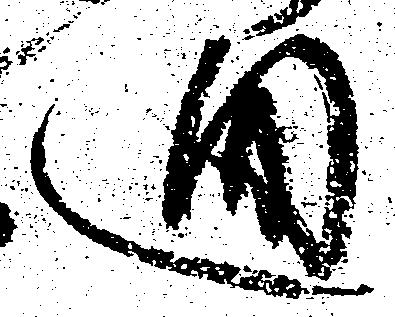
廻